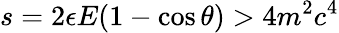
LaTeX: s=2\epsilon E(1-\textrm{cos}\, \theta)>4m^{2}c^{4}